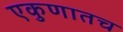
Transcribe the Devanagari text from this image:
एकुणातच